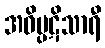
အဝိပ္ပဋိသာရီ